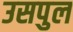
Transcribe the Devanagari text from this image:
उसपुल